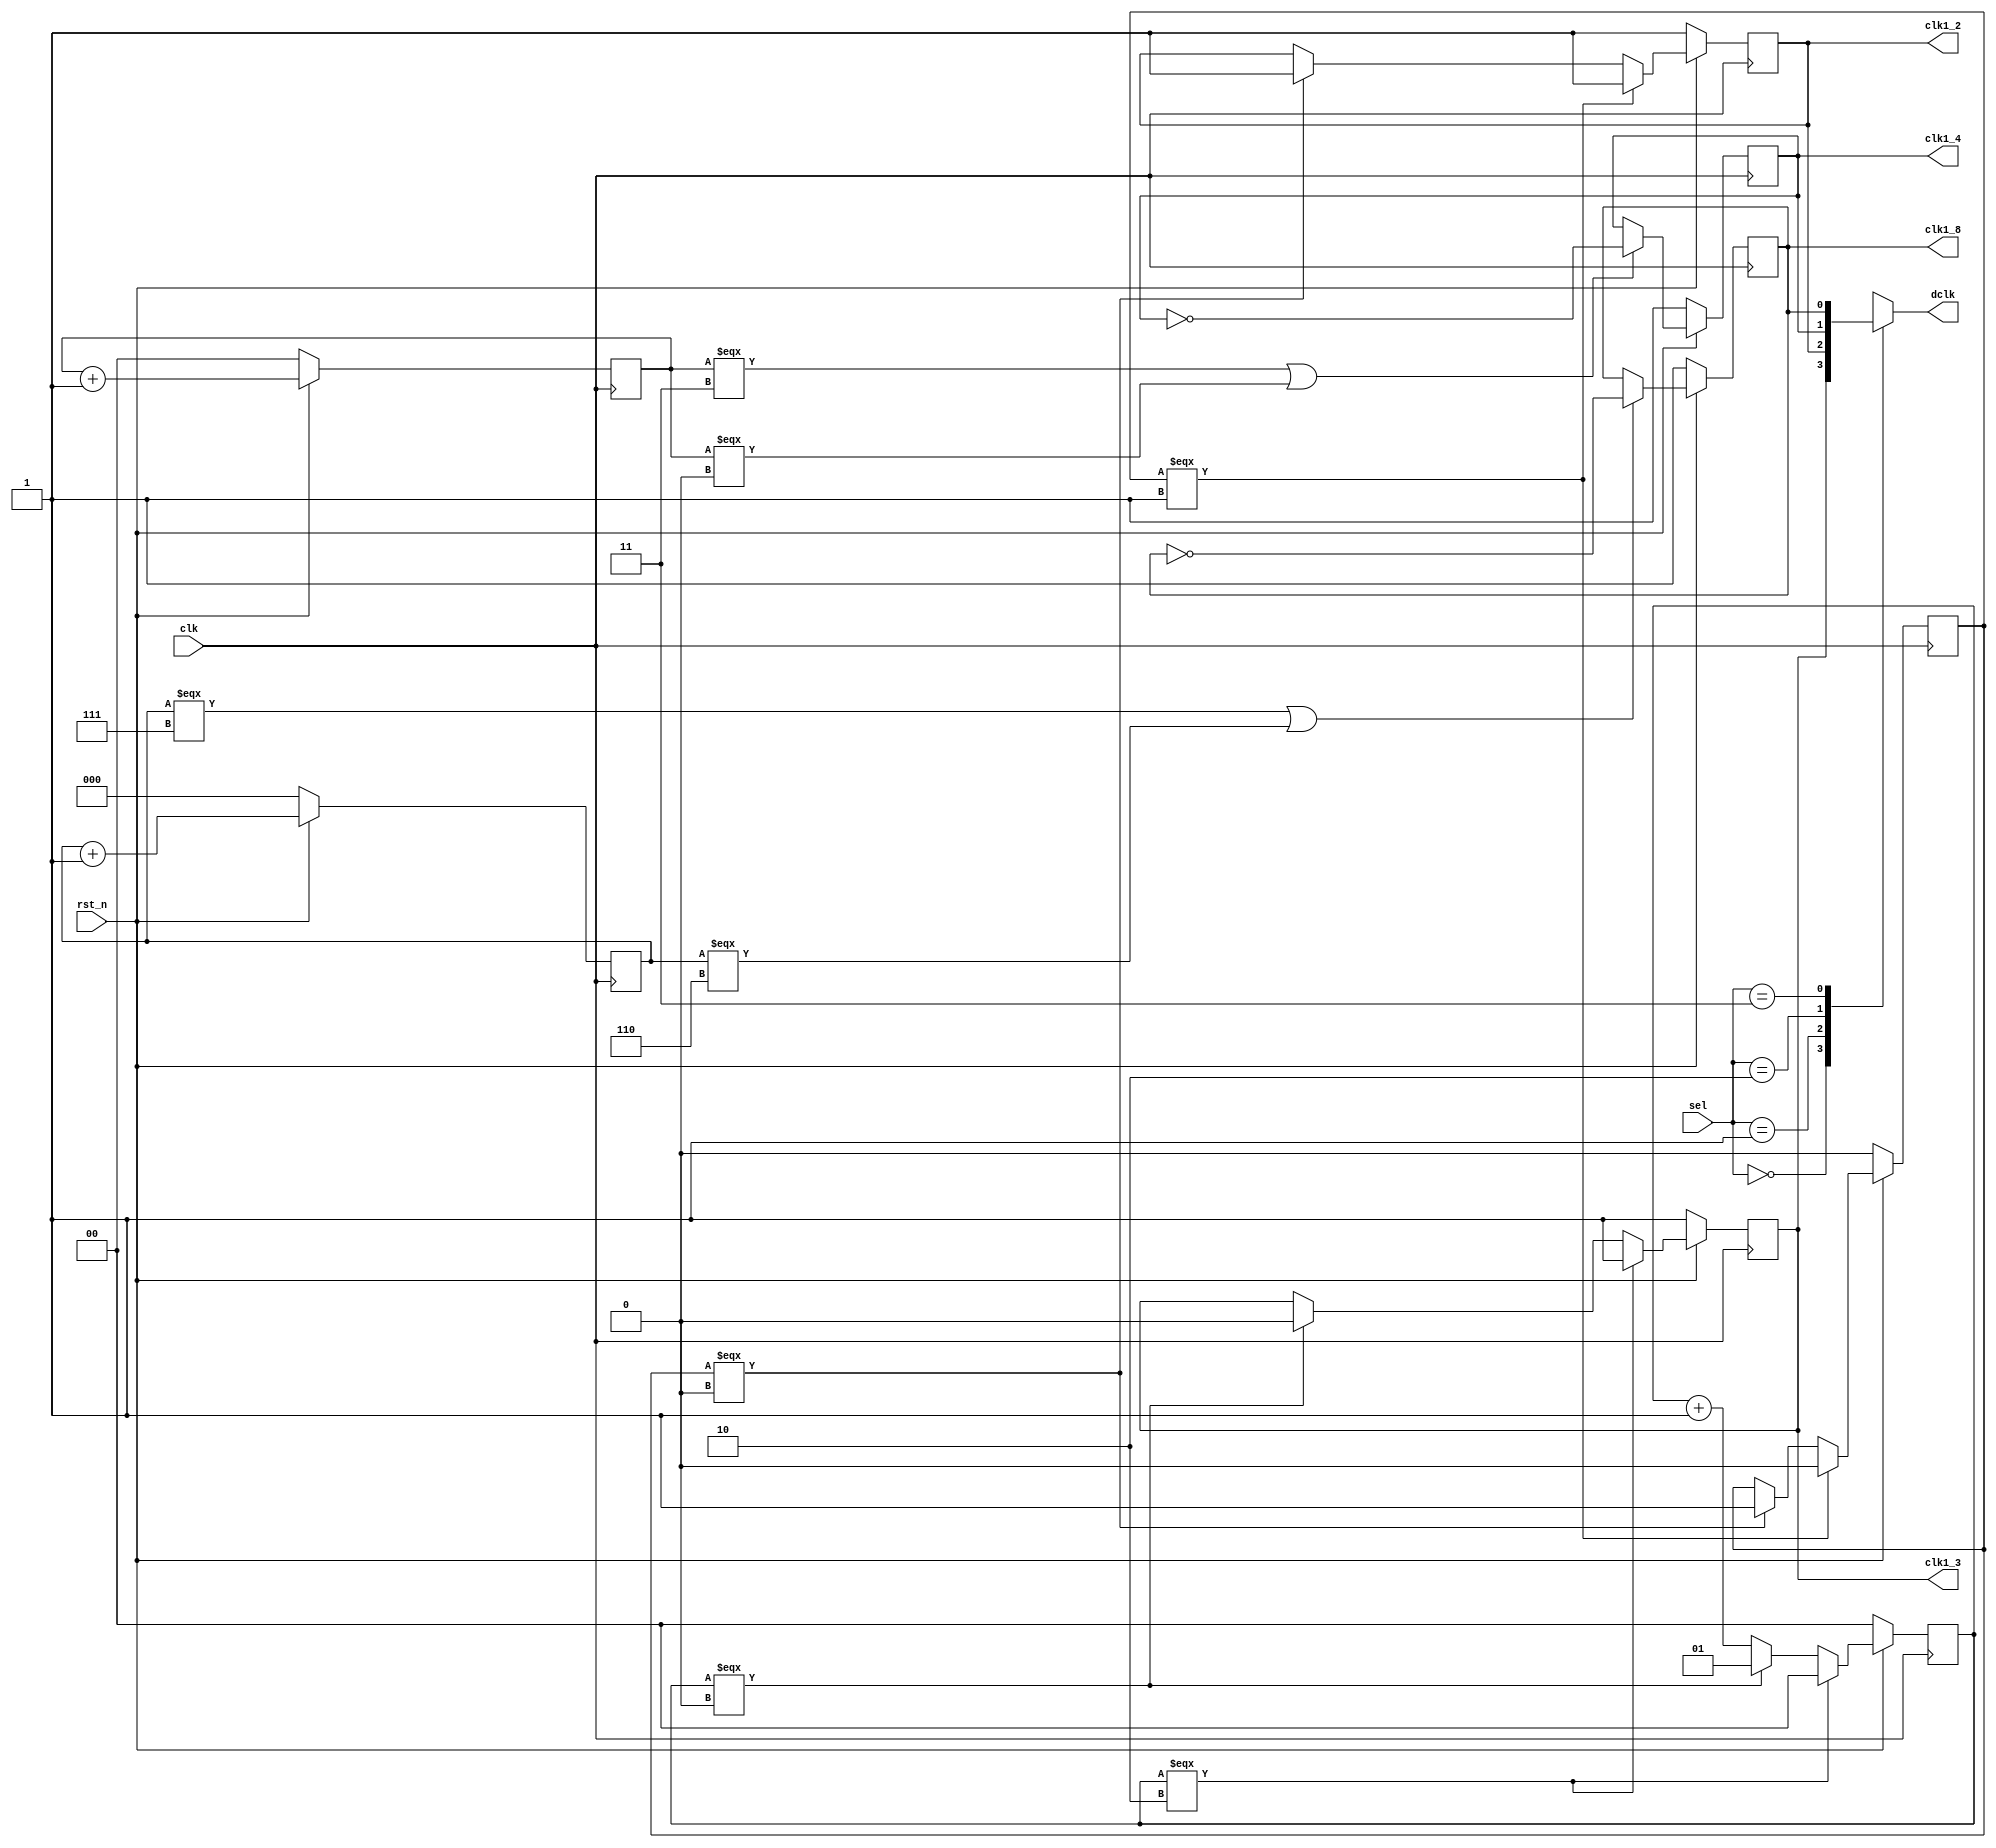
`timescale 1ns/1ps

module Clock_Divider (clk, rst_n, sel, clk1_2, clk1_4, clk1_8, clk1_3, dclk);
input clk, rst_n;
input [2-1:0] sel;
output clk1_2;
output clk1_4;
output clk1_8;
output clk1_3;
output dclk;
reg clk1_2, clk1_3, clk1_4, clk1_8;
reg dclk;
reg counter_2;
reg [1:0] counter_3;
reg [1:0] counter_4;
reg [2:0] counter_8;

always @(posedge clk) begin
    if (!rst_n) begin
        clk1_2 <= 1'b1;
        clk1_3 <= 1'b1;
        clk1_4 <= 1'b1;
        clk1_8 <= 1'b1;
        counter_2 <= 1'b0;
        counter_3 <= 2'b00;
        counter_4 <= 2'b00;
        counter_8 <= 3'b000;
    end
    else begin
        if (counter_2 === 1'b1) begin
            clk1_2 <= 1;
            counter_2 <= 0;
        end
        else if (counter_2 === 1'b0) begin
            clk1_2 <= 1;
            counter_2 <= 1;
        end
        if (counter_3 === 2'b10) begin
            clk1_3 <= 1;
            counter_3 <= 2'b00;
        end
        else if (counter_3 === 2'b00) begin
            clk1_3 <= 0;
            counter_3 <= 2'b01;
        end
        else begin
            counter_3 <= counter_3 + 1'b1;
        end
        if (counter_4 === 2'b11 || counter_4 === 2'b00) begin
            clk1_4 <=  ~clk1_4;
            counter_4 <= counter_4 + 1'b1;
        end
        else begin
            counter_4 <= counter_4 + 1'b1;
        end
        if (counter_8 === 3'b111 || counter_8 === 3'b110) begin
            clk1_8 <= ~clk1_8;
            counter_8 <= counter_8 + 1'b1;
        end
        else begin
            counter_8 <= counter_8 + 1'b1;
        end
    end
end
always @(*) begin
    case (sel)
        2'b00: begin
            dclk = clk1_3;
        end
        2'b01: begin
            dclk = clk1_2;
        end
        2'b10: begin
            dclk = clk1_4;
        end
        2'b11: begin
            dclk = clk1_8;
        end
    endcase
end
endmodule